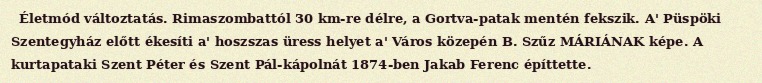
Életmód változtatás. Rimaszombattól 30 km-re délre, a Gortva-patak mentén fekszik. A' Püspöki Szentegyház előtt ékesíti a' hoszszas üress helyet a' Város közepén B. Szűz MÁRIÁNAK képe. A kurtapataki Szent Péter és Szent Pál-kápolnát 1874-ben Jakab Ferenc építtette.